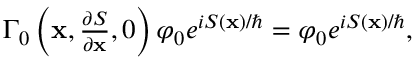
\begin{array} { r } { \Gamma _ { 0 } \left( \mathbf { x } , \frac { \partial S } { \partial \mathbf { x } } , 0 \right) \varphi _ { 0 } e ^ { i S ( \mathbf { x } ) / \hbar } = \varphi _ { 0 } e ^ { i S ( \mathbf { x } ) / \hbar } , } \end{array}